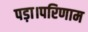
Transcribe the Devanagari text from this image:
पड़ा।परिणाम